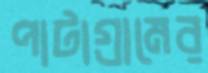
পাটাগ্রামের